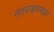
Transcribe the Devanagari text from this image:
संतवाङ्मयाबद्दल